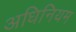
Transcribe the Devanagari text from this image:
अधिनियम